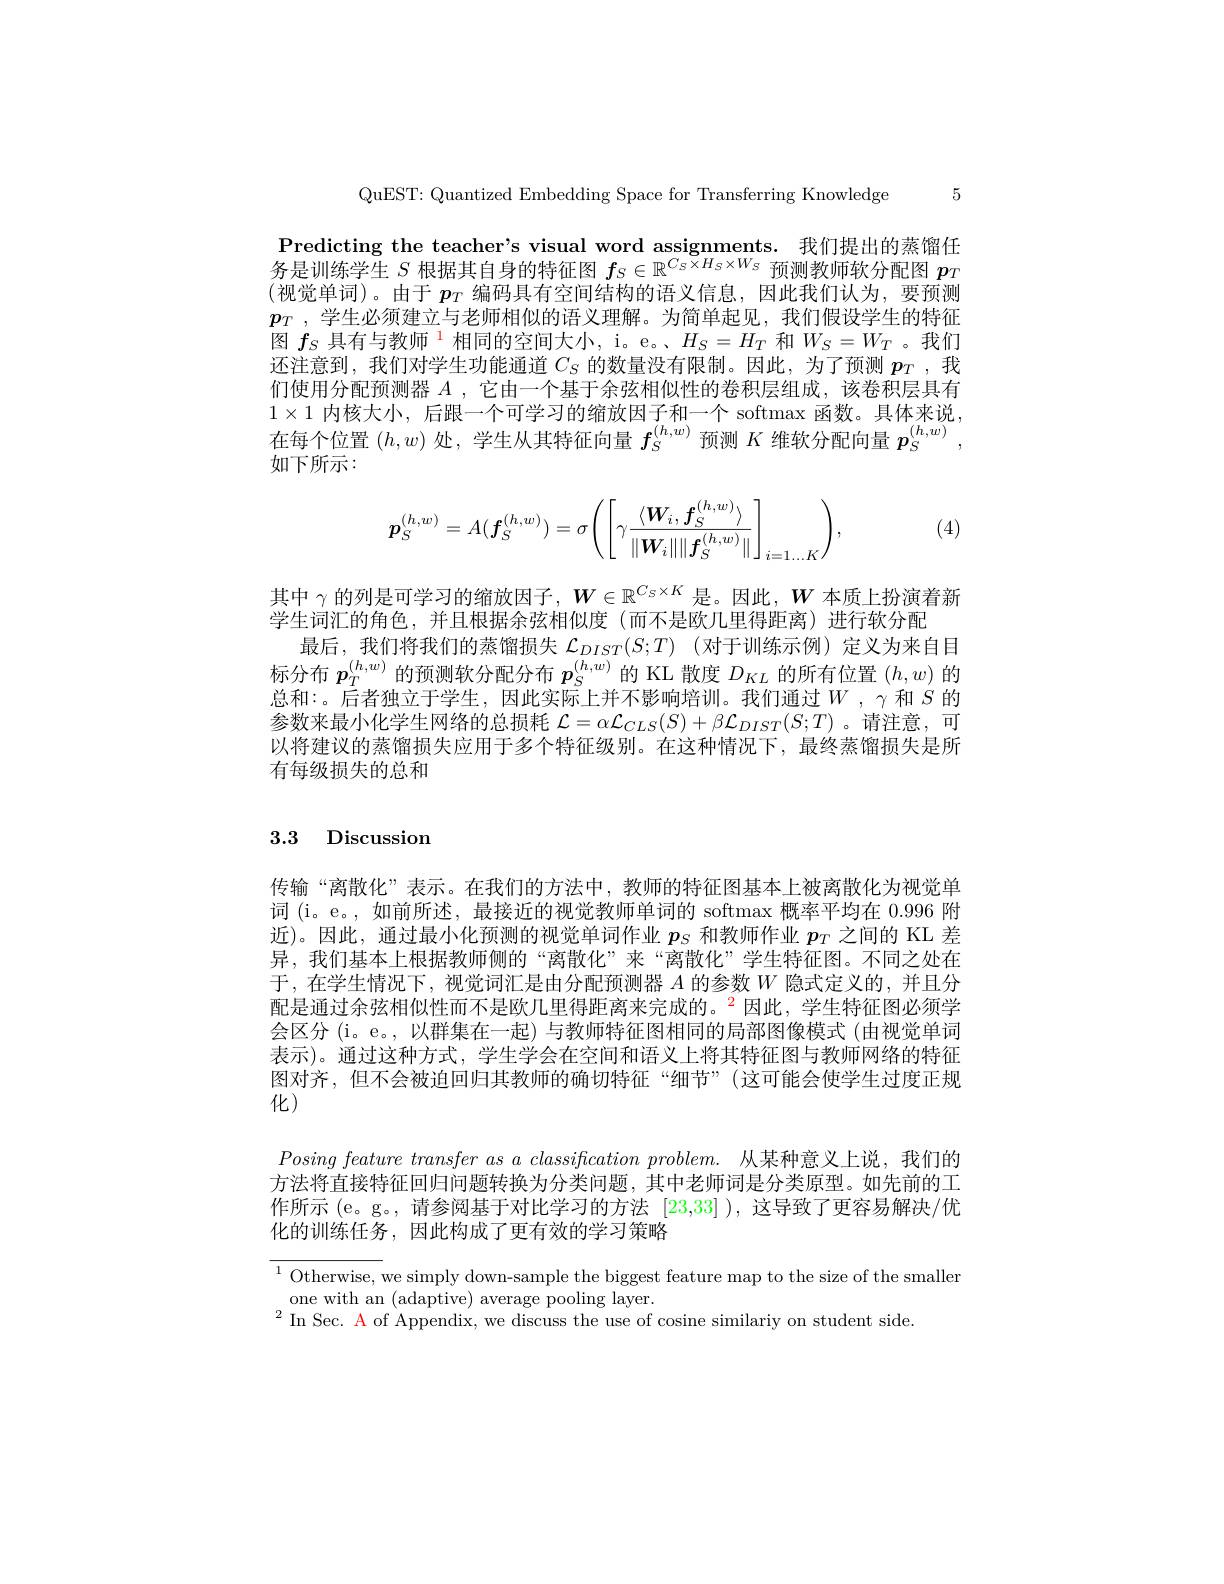
5

QuEST: Quantized Embedding Space for Transferring Knowledge

Predicting the teacher's visual word assignments. 我们提出的蒸馏任务是训练学生$S$根据其自身的特征图$f_S\in\mathbb{R}^{C_S\times H_S\times W_S}$预测教师软分配图$p_T$ (视觉单词)。由于 $p_T$ 编码具有空间结构的语义信息，因此我们认为，要预测$p_T$ , 学生必须建立与老师相似的语义理解。为简单起见，我们假设学生的特征图$f_S$具有与教师$^1$相同的空间大小，i。e。、$H_S=H_T$和$W_S=W_T$ 。我们还注意到，我们对学生功能通道$C_S$的数量没有限制。因此，为了预测$p_T$ ,我们使用分配预测器$A$ ,它由一个基于余弦相似性的卷积层组成，该卷积层具有$1\times1$内核大小，后跟一个可学习的缩放因子和一个 softmax 函数。具体来说， 在每个位置$(h,w)$处，学生从其特征向量$f_S^{(h,w)}$预测$K$维软分配向量$p_S^{(h,w)}$, 如下所示：
$$\boldsymbol{p}_{S}^{(h,w)}=A(\boldsymbol{f}_{S}^{(h,w)})=\sigma\Bigg(\Bigg[\gamma\frac{\langle\boldsymbol{W}_{i},\boldsymbol{f}_{S}^{(h,w)}\rangle}{\|\boldsymbol{W}_{i}\|\|\boldsymbol{f}_{S}^{(h,w)}\|}\Bigg]_{i=1\dots K}\Bigg),$$
(4)

其中$\gamma$的列是可学习的缩放因子，$W\in\mathbb{R}^{C_5\times K}$是。因此，$W$本质上扮演着新
学生词汇的角色，并且根据余弦相似度(而不是欧几里得距离)进行软分配
最后，我们将我们的蒸馏损失 $\mathcal{L} _DIST( S; T)$ (对于训练示例)定义为来自目标分布$p_T^{(h,w)}$的预测软分配分布$p_S^{(h,w)}$的 KL 散度$D_KL$的所有位置$(h,w)$的总和：。后者独立于学生，因此实际上并不影响培训。我们通过$W,\gamma$和$S$的参数来最小化学生网络的总损耗$\mathcal{L}=\alpha\mathcal{L}_CLS(S)+\beta\mathcal{L}_{DIST}(S;T)$ 。请注意，可以将建议的蒸馏损失应用于多个特征级别。在这种情况下，最终蒸馏损失是所有每级损失的总和

## 3.3 Discussion

传输“离散化”表示。在我们的方法中，教师的特征图基本上被离散化为视觉单词 (i。e。, 如前所述，最接近的视觉教师单词的 softmax 概率平均在0.996附近)。因此，通过最小化预测的视觉单词作业$p_S$和教师作业$p_T$之间的 KL 差异，我们基本上根据教师侧的“离散化”来“离散化”学生特征图。不同之处在于，在学生情况下，视觉词汇是由分配预测器$A$的参数$W$隐式定义的，并且分配是通过余弦相似性而不是欧几里得距离来完成的。$^2$因此，学生特征图必须学会区分 (i。e。, 以群集在一起) 与教师特征图相同的局部图像模式 (由视觉单词表示)。通过这种方式，学生学会在空间和语义上将其特征图与教师网络的特征图对齐，但不会被迫回归其教师的确切特征“细节”(这可能会使学生过度正规

化)

$Posing\textit{ feature transfer as a classification problem. 从 某 种 意 义 上 说 , 我 们 的 }$ 方法将直接特征回归问题转换为分类问题，其中老师词是分类原型。如先前的工作所示(e。g。,请参阅基于对比学习的方法[23,33] ),这导致了更容易解决/优化的训练任务，因此构成了更有效的学习策略

$^{1}$ Otherwise, we simply down-sample the biggest feature map to the size of the smaller
one with an (adaptive) average pooling layer.
$^2$In Sec. A of Appendix, we discuss the use of cosine similariy on student side.